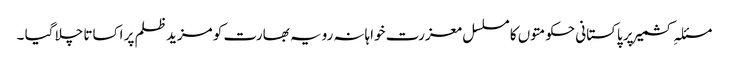
مسئلہِ کشمیر پر پاکستانی حکومتوں کا مسلسل معزرت خواہانہ رویہ بھارت کو مزید ظلم پر اکساتا چلا گیا ۔